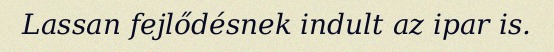
Lassan fejlődésnek indult az ipar is.